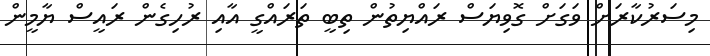
މިސަރުކާރަށް ވަގަށް ގޮވިޔަސް ރައްޔިތުން ތިބީ ތަރައްގީ އާއި ރުހިގެން ރައީސް ޔާމީން